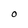
Character: O